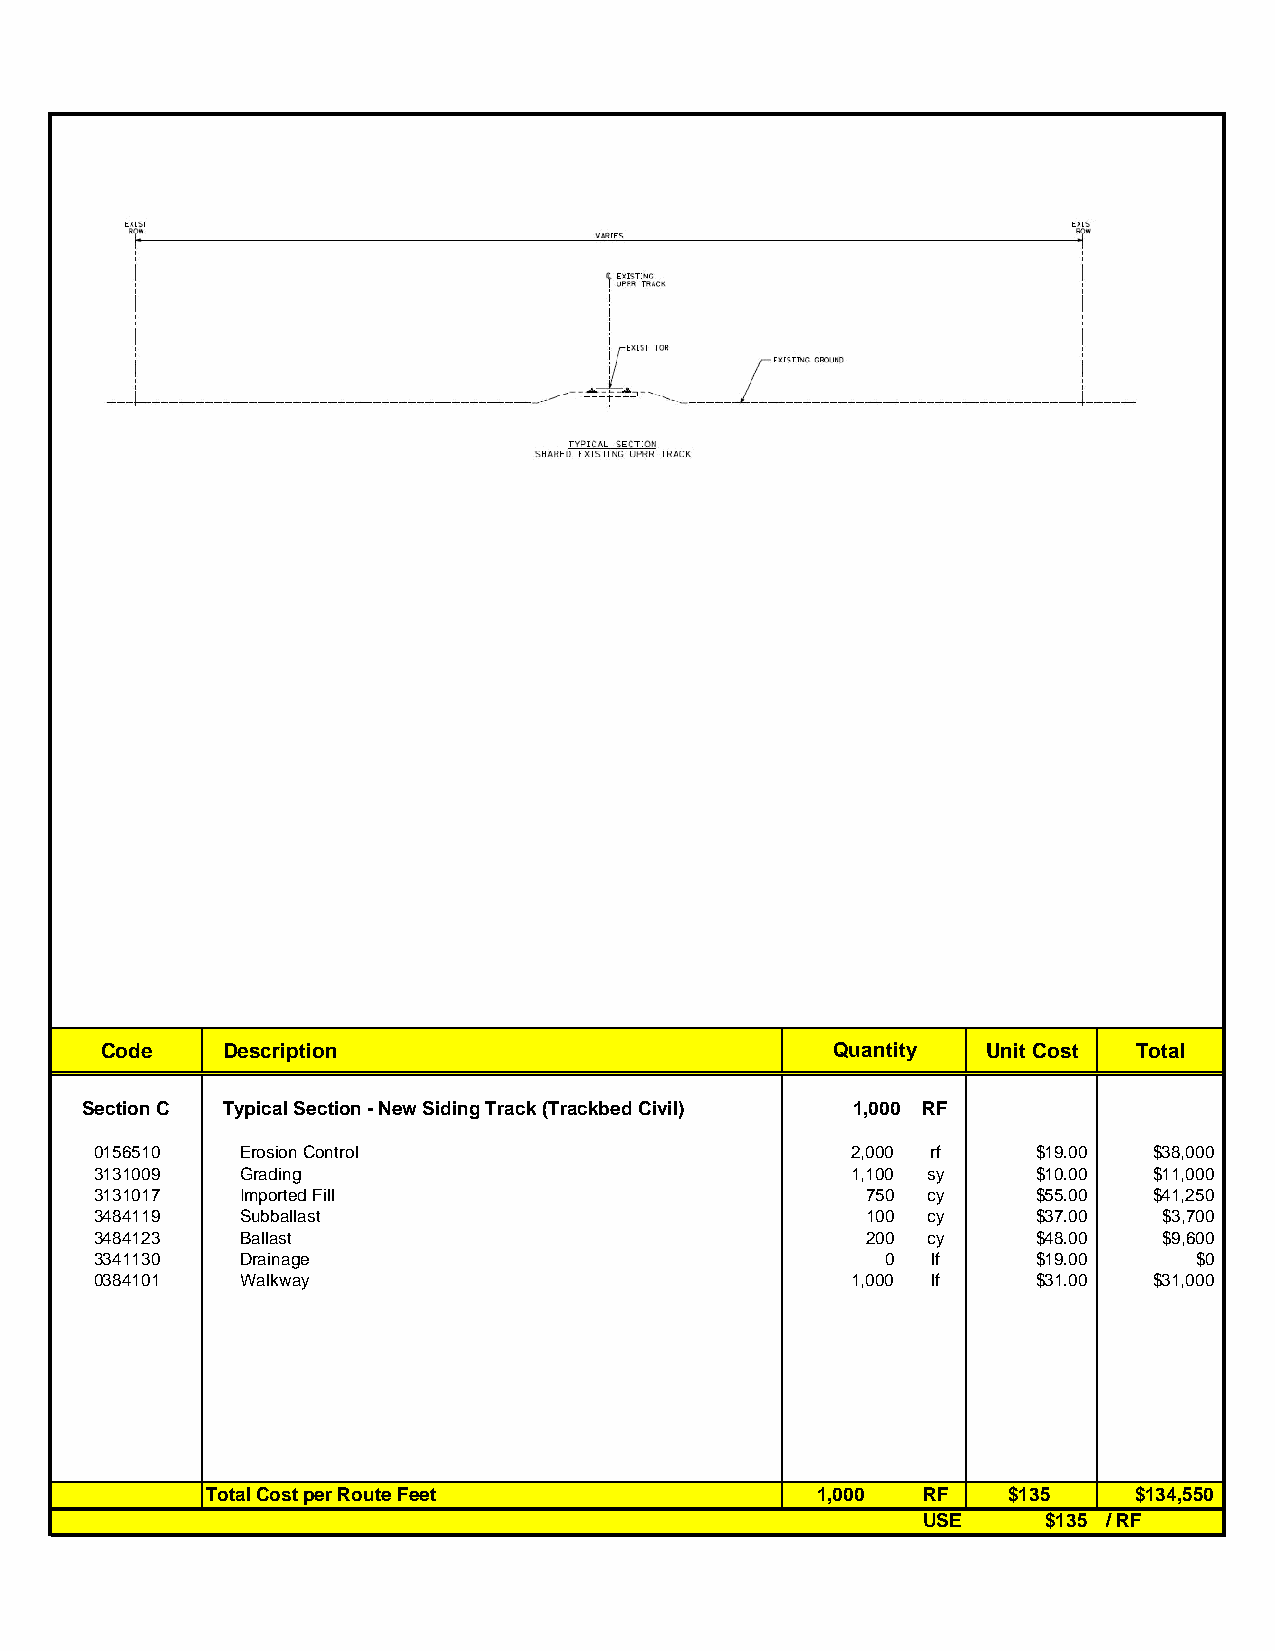
Code    Description                             Quantity  Unit Cost Total
 Section C Typical Section - New Siding Track (Trackbed Civil) 1,000 RF
 0156510   Erosion Control                         2,000 rf     $19.00 $38,000
 3131009   Grading                                 1,100 sy     $10.00 $11,000
 3131017   Imported Fill                            750 cy      $55.00 $41,250
 3484119   Subballast                               100 cy      $37.00  $3,700
 3484123   Ballast                                  200 cy      $48.00  $9,600
 3341130   Drainage                                   0  lf     $19.00    $0
 0384101   Walkway                                 1,000 lf     $31.00 $31,000
 Total Cost per Route Feet               1,000  RF    $135    $134,550
 USE     $135 / RF